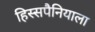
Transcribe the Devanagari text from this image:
हिस्सपैनियाला